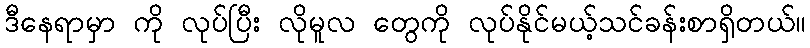
ဒီနေရာမှာ ကို လုပ်ပြီး လိုမူလ တွေကို လုပ်နိုင်မယ့်သင်ခန်းစာရှိတယ်။